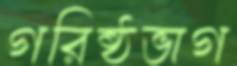
গরিষ্ঠভাগ